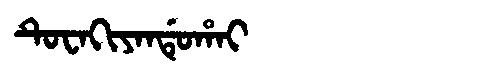
Manchu: ᡨᡠᠸᠠᡴᡳᠶᠠᠨᡩᡠᡥᠠᡳ
Romanization: TUWAKIYANDUHAI